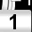
Digit: 1